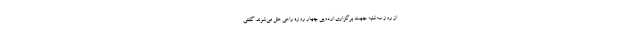
از روز سه‌شنبه جهت برگزاری اردویی چهار روزه راهی هتل می‌شوند. گفتنی